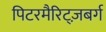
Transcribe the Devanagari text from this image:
पिटरमैरिट्ज़बर्ग